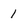
Character: 1